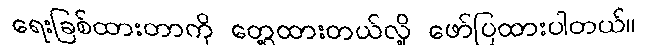
ရေးခြစ်ထားတာကို တွေ့ထားတယ်လို့ ဖော်ပြထားပါတယ်။